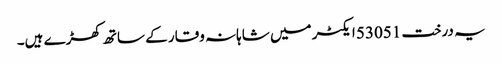
یہ درخت 53051 ایکٹر میں شاہانہ وقار کے ساتھ کھڑے ہیں۔